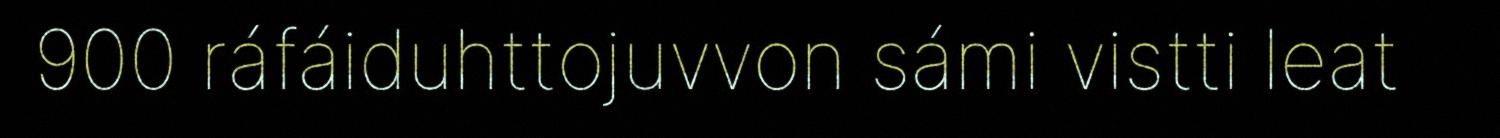
900 ráfáiduhttojuvvon sámi vistti leat